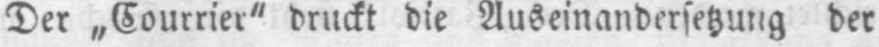
Der „Courrier” druckt die Auseinandersetzung der